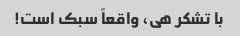
با تشکر هی، واقعاً سبک است!